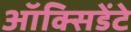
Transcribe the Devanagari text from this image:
ऑक्सिडेंटे